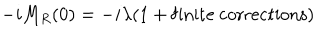
LaTeX: - i M _ { R } ( 0 ) = - i \lambda ( 1 + \mathrm { f i n i t e \ c o r r e c t i o n s } )